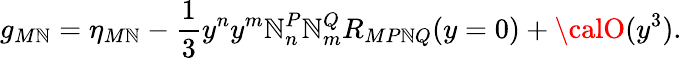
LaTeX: g_{M\mathbb{N}}=\eta_{M\mathbb{N}}-\frac{{1}}{{3}}y^{n}y^{m}\mathbb{N}_{n}^{P}\mathbb{N}_{m}^{Q}R_{MP\mathbb{N}Q}(y=0)+{\calO}(y^{3}).